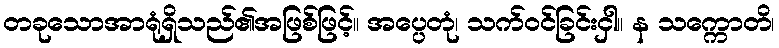
တခုသောအာရုံရှိသည်၏အဖြစ်ဖြင့်။ အပ္ပေတုံ၊ သက်ဝင်ခြင်းငှါ။ န သက္ကောတိ၊